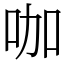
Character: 咖